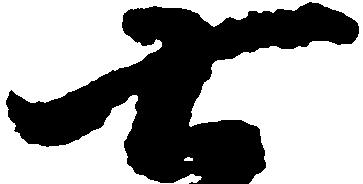
七